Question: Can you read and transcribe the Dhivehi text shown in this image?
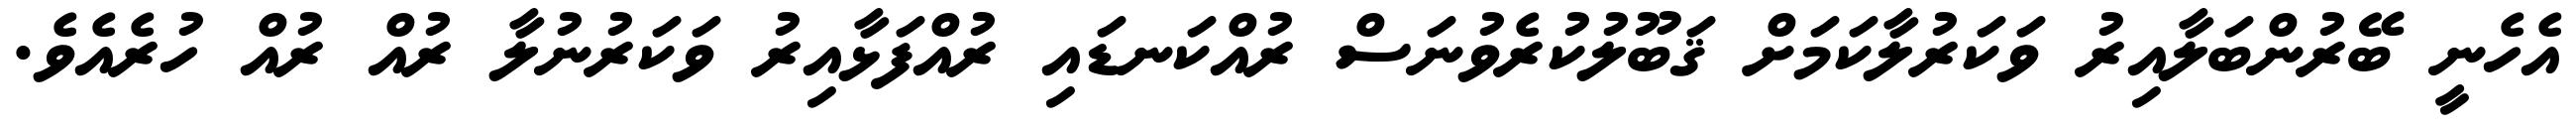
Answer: އެހެނީ ބޭރުންބަލާއިރު ވަކަރުލާކަމަށް ޤަބޫލުކުރެވުނަސް ރުއްކަނޑައި ރުއްފަޅާއިރު ވަކަރުނުލާ ރުއް ރުއް ހުރެއެވެ.